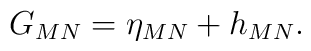
G_{MN}=\eta_{MN}+ h_{MN} .